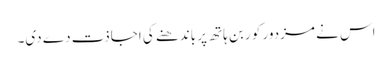
اس نے مزدور کو ربن ہاتھ پر باندھنے کی اجاذت دے دی۔